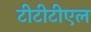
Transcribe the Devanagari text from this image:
टीटीटीएल